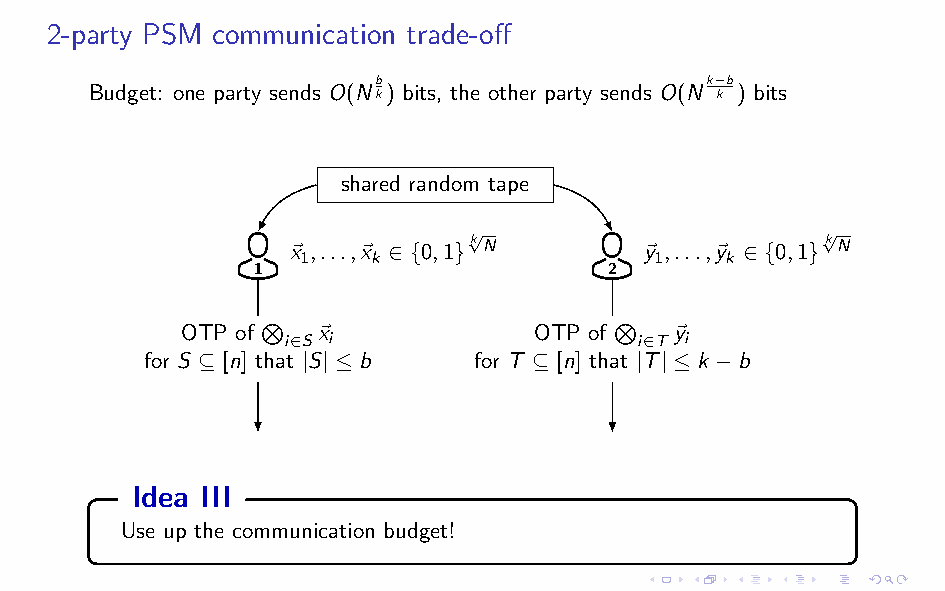
2-party PSM communication trade-off
 b                     k−b
 Budget: one party sends O(Nk) bits, the other party sends O(N k ) bits
 shared random tape
 √                      √
 ~x ,...,~x ∈
 {0,1}kN
 ~y ,...,~y ∈
 {0,1}kN
 1    k                 1    k
 1                      2
 OTP of N ~x            OTP of N  ~y
 i∈S i                  i∈T i
 for S ⊆ [n] that |S| ≤ b for T ⊆ [n] that |T| ≤ k −b
 Idea III
 Use up the communication budget!